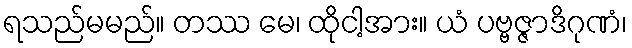
ရသည်မမည်။ တဿ မေ၊ ထိုငါ့အား။ ယံ ပဗ္ဗဇ္ဇာဒိဂုဏံ၊